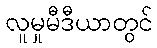
လူမှုမီဒီယာတွင်